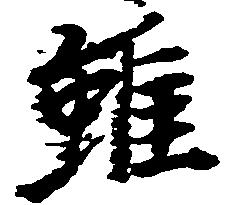
雖